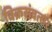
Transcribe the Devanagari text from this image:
विक्रसंवत्सर